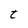
Character: t